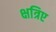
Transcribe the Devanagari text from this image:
क्षत्रिए